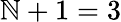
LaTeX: \mathbb{N}+1=3